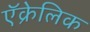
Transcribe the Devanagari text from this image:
ऍक्रेलिक